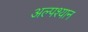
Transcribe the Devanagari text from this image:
अल्पश्यान